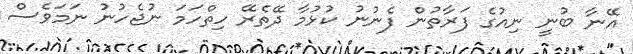
އޭނާ ބުނީ ނިއުގެ ފަރާތުން ފެނުނު ކުޅުމާ ދޭތެރޭ ހިތްހަމަ ނުޖެހުނު ނަމަވެސް